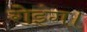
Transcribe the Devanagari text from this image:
रोइंग।